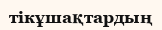
тікұшақтардың